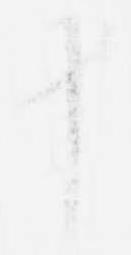
十